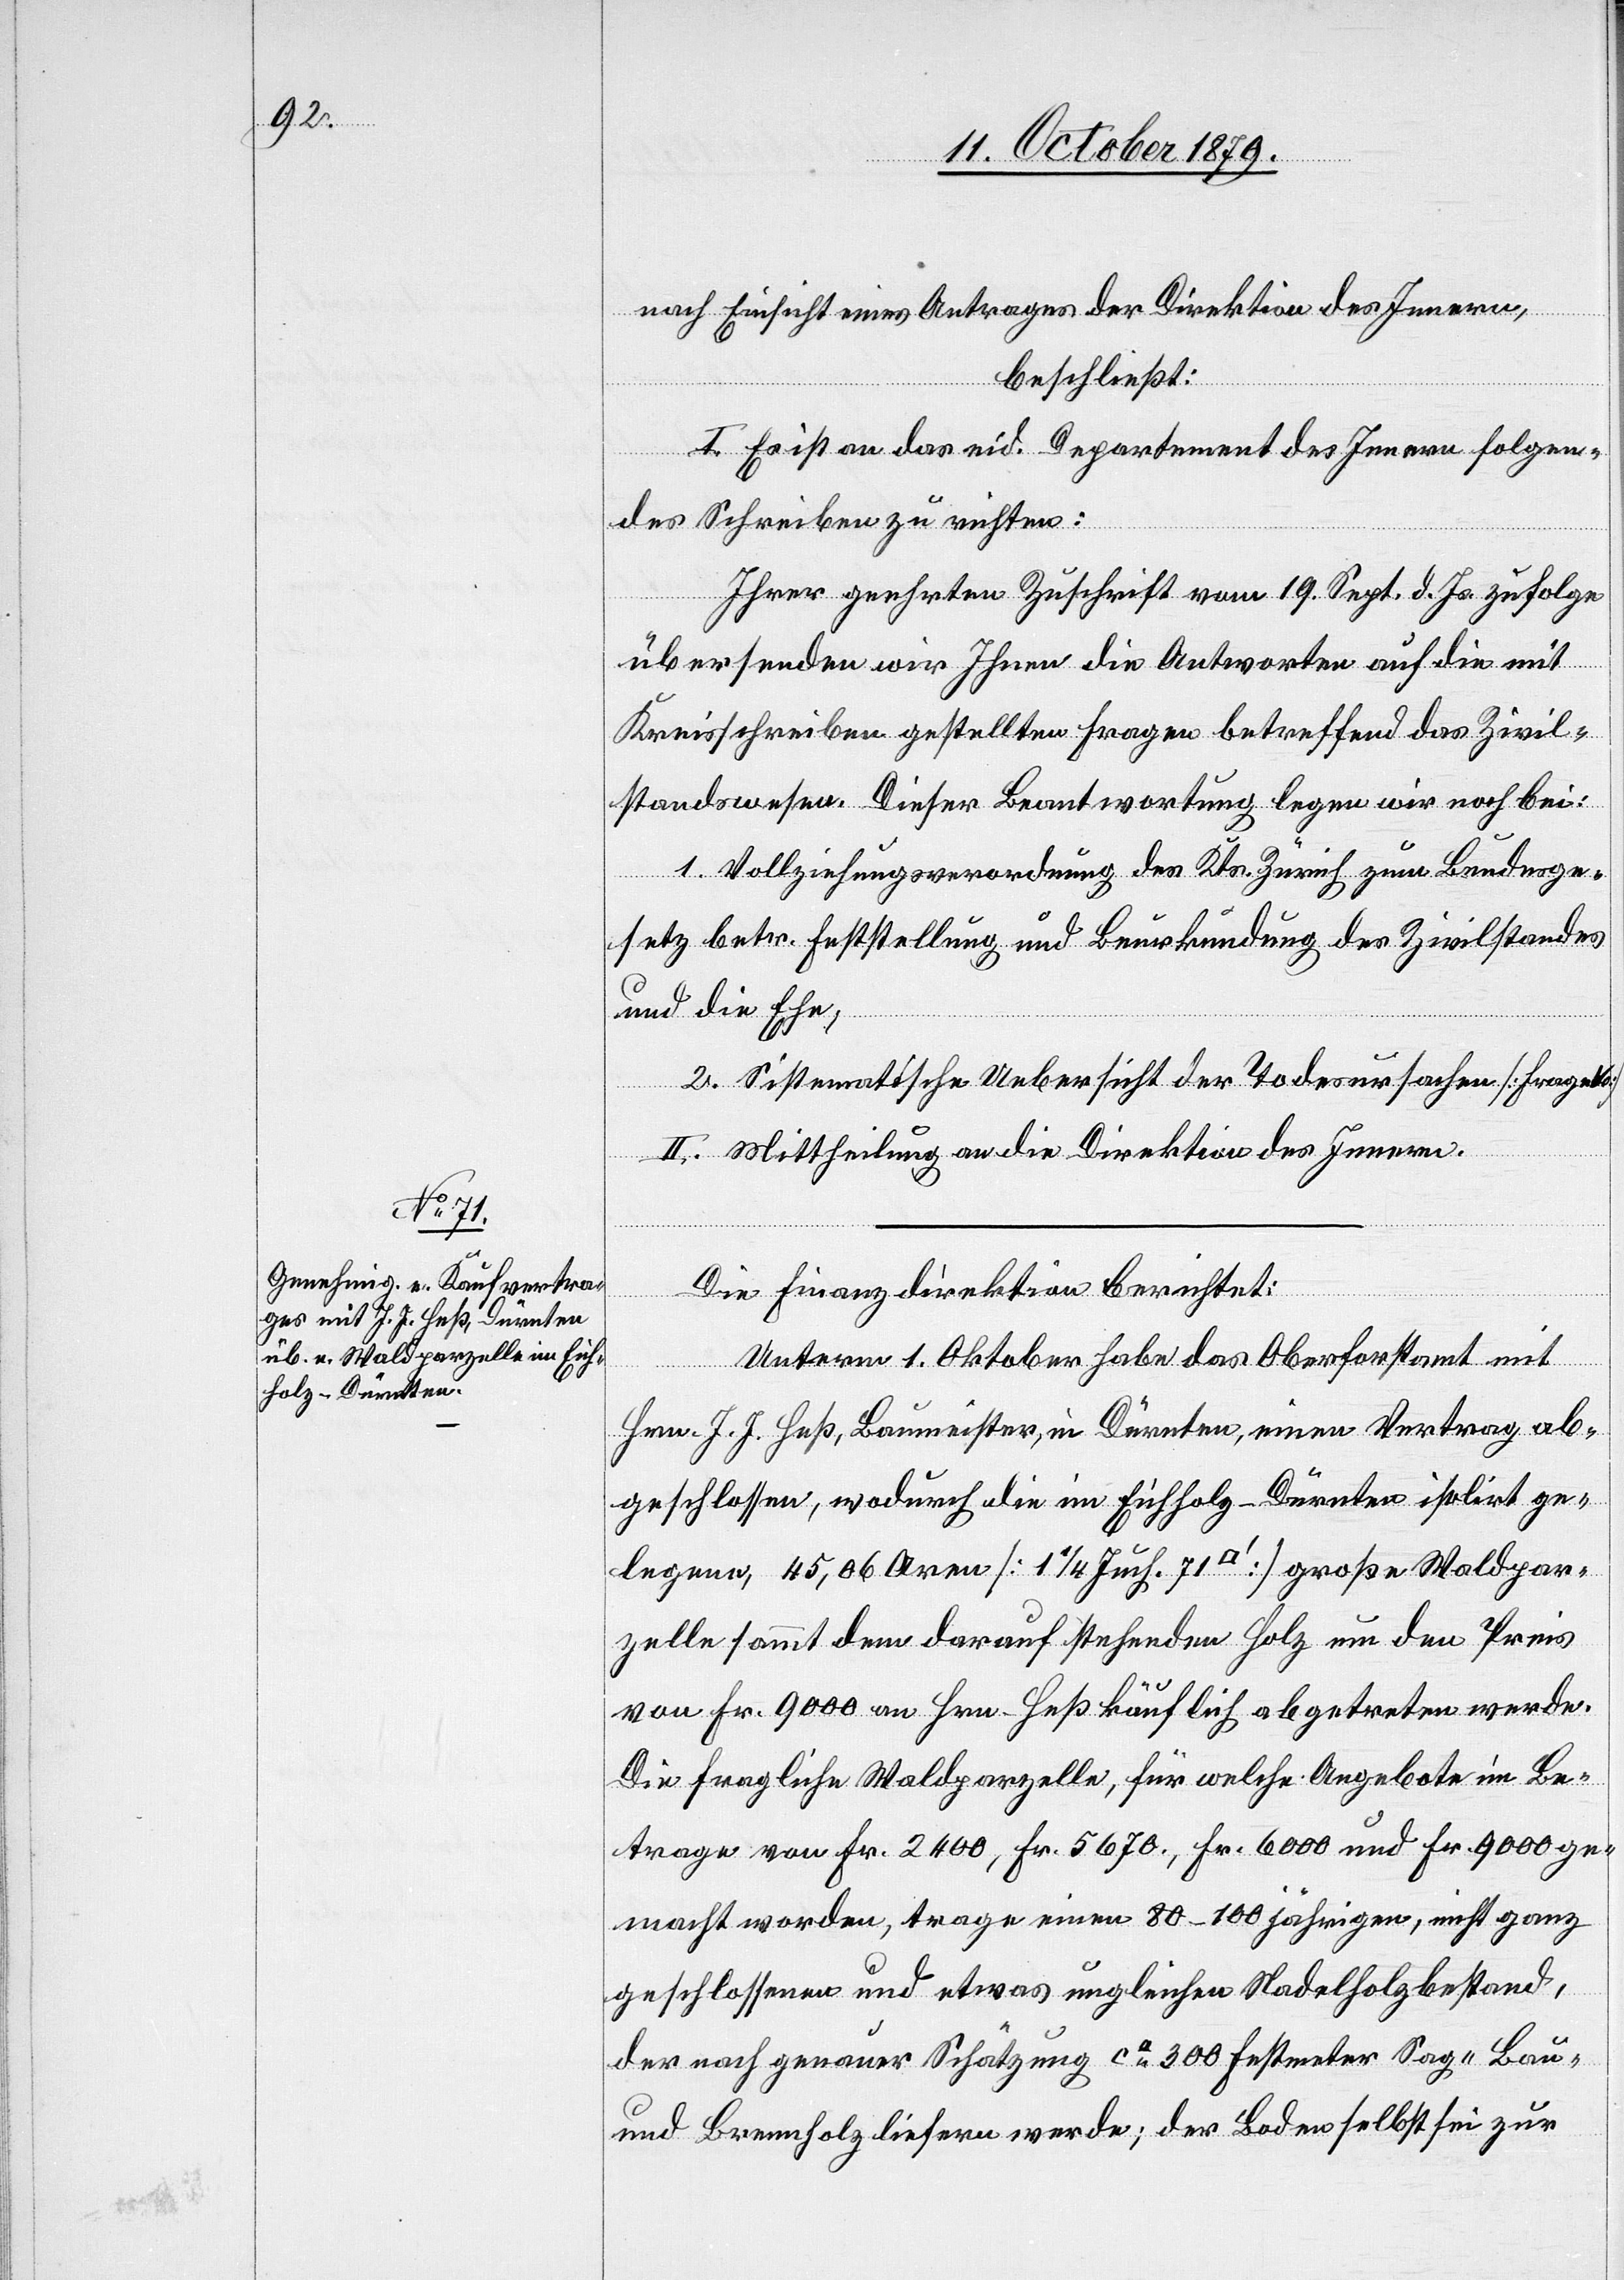
nach Einsicht eines Antrages der Direktion des Innern,
beschließt:
I. Es ist an das eid. Departement des Innern folgen¬
des Schreiben zu richten:
Ihrer geehrten Zuschrift vom 19. Sept. d. Js. zufolge
übersenden wir Ihnen die Antworten auf die mit
Kreisschreiben gestellten Fragen betreffend des Zivil¬
standswesen. Dieser Beantwortung legen wir noch bei:
1. Vollziehungsverordnung des Kts. Zürich zum Bundesge¬
setz betr. Feststellung und Beurkundung des Zivilstandes
und die Ehe,
2. Sistemathische Uebersicht der Todesursachen [FrageVo]
II. Mittheilung an die Direktion des Innern.
Die Finanzdirektion berichtet:
Unterm 1. Oktober habe das Oberforstamt mit
Hrn. J. J. Heß, Baumeister, in Dürnten, einen Vertrag ab¬
geschlossen, wodurch die im Eichholz - Dürnten isolirt ge¬
legene, 45,06 Aren [1 1/4 Juch. 71 [Quadratfuss]] große Waldpar¬
zelle sammt dem darauf stehenden Holz um den Preis
von Fr. 9000 an Hrn. Heß käuflich abgetreten werde.
Die fragliche Waldparzelle, für welche Angebote im Be¬
trage von Fr. 2400, Fr. 5670., Fr. 6000 und Fr. 9000 ge¬
macht worden, trage einen 80–100 jährigen, nicht ganz
geschlossenen und etwas ungleichen Nadelholzbestand,
der nach genauer Schätzung ca 300 Festmeter Sog „Bau“
und Brennholz liefern werde; der Boden selbst sei zur